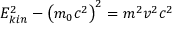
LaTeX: E _ { k i n } ^ { 2 } - \left( m _ { 0 } c ^ { 2 } \right) ^ { 2 } = m ^ { 2 } v ^ { 2 } c ^ { 2 }